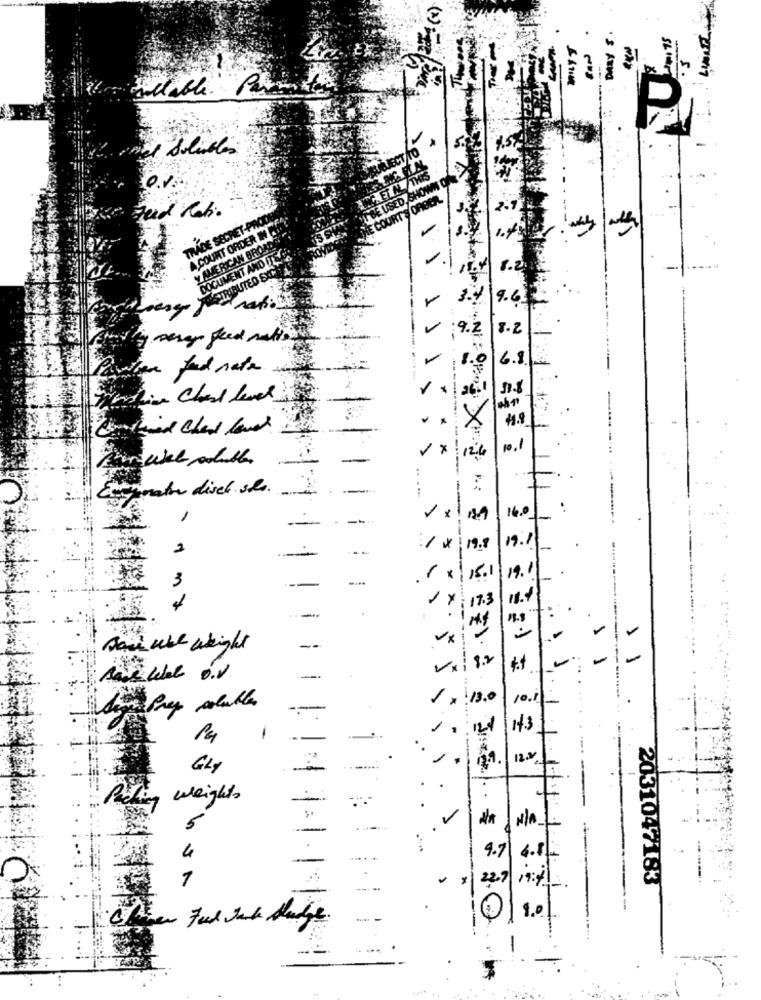
LIMA
collable Permiten
P
el Solubles
USED,SHOWN
KURT'S ORDER.
TRADE SECRET-PAOON
A COUNT ORDER IN CIO
Y AMERICAN BROADS
DOCUMENT AND ITSOS
AUSTRIBUTED SXC
9.6
9.
8.2
re fund nata
in Chest level
Bind Chard love
10.
12:4
:
Enegenator disch sla.
:
-
16.01
2
19.8
19.1
1-
.r .
19.1
-
3
: 17.3
1
---*--
Bad ube weight
--
1
11
Vx
8.2
--.
----- -
1 .
13.0
12.2
GLY
----:
weight
V
-
.
9.
-
1
22.7
2031047183
Feel Jack Sludge.
1.º